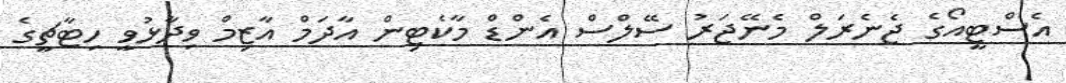
އެސްޓީއޯގެ ޖެނެރަލް މެނޭޖަރު ސޭލްސް އެންޑް މާކެޓިން އާދަމް އާޒިމް ވިދާޅުވީ ހިޓާޗީގެ